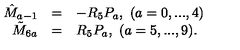
\begin{array} { r c l } { \hat { M } _ { a - 1 } } & { = } & { - R _ { 5 } P _ { a } , \ ( a = 0 , . . . , 4 ) } \\ { \tilde { M } _ { 6 a } } & { = } & { R _ { 5 } P _ { a } , \ ( a = 5 , . . . , 9 ) . } \\ \end{array}